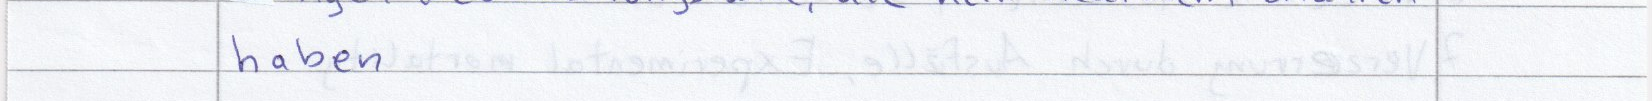
haben